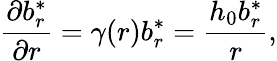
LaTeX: \frac{\partial b_{r}^{*}}{\partial r}=\gamma(r)b_{r}^{*}=\frac{h_{0}b_{r}^{*}}{r},